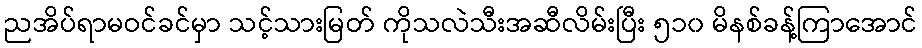
ညအိပ်ရာမဝင်ခင်မှာ သင့်သားမြတ် ကိုသလဲသီးအဆီလိမ်းပြီး ၅၁၀ မိနစ်ခန့်ကြာအောင်